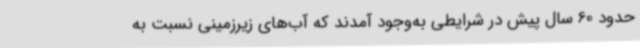
حدود 60 سال پیش در شرایطی به‌وجود آمدند که آب‌های زیرزمینی نسبت به